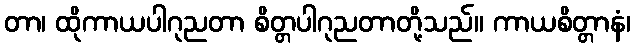
တာ၊ ထိုကာယပါဂုညတာ စိတ္တပါဂုညတာတို့သည်။ ကာယစိတ္တာနံ၊